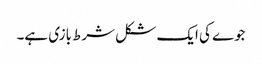
جوے کی ایک شکل شرط بازی ہے۔